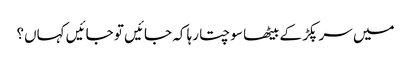
میں سر پکڑ کے بیٹھا سوچتا رہا کہ جائیں تو جائیں کہاں؟